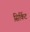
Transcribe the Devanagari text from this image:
सिर्किट